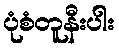
ပုံစံတူနီးပါး